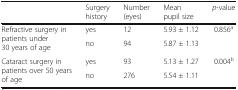
<table><thead><tr><td></td><td><b>Surgery history</b></td><td><b>Number (eyes)</b></td><td><b>Mean pupil size</b></td><td><b><i>p</i>-value</b></td></tr></thead><tbody><tr><td rowspan="2">Refractive surgery in patients under 30 years of age</td><td>yes</td><td>12</td><td>5.93 ± 1.12</td><td>0.856<sup>a</sup></td></tr><tr><td>no</td><td>94</td><td>5.87 ± 1.13</td><td></td></tr><tr><td rowspan="2">Cataract surgery in patients over 50 years of age</td><td>yes</td><td>93</td><td>5.13 ± 1.27</td><td>0.004<sup>b</sup></td></tr><tr><td>no</td><td>276</td><td>5.54 ± 1.11</td><td></td></tr></tbody></table>